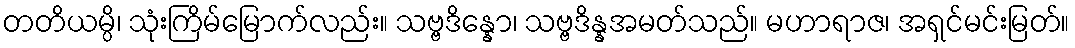
တတိယမ္ပိ၊ သုံးကြိမ်မြောက်လည်း။ သဗ္ဗဒိန္နော၊ သဗ္ဗဒိန္နအမတ်သည်။ မဟာရာဇ၊ အရှင်မင်းမြတ်။